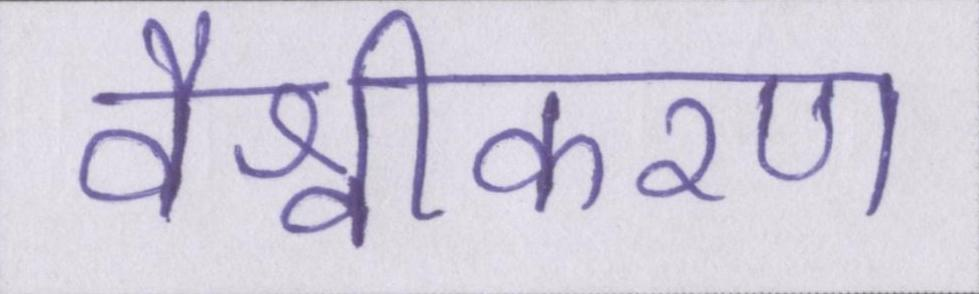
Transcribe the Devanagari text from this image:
वैश्वीकरण